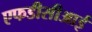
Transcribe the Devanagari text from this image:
एफडीसीआई